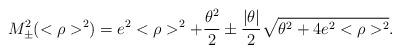
LaTeX: \begin{align*}M_{\pm}^{2}(<\rho>^{2})=e^{2}<\rho>^{2}+\frac{\theta^{2}}{2}\pm\frac{|\theta|}{2}\sqrt{\theta^{2}+4e^{2}<\rho>^{2}}.\end{align*}